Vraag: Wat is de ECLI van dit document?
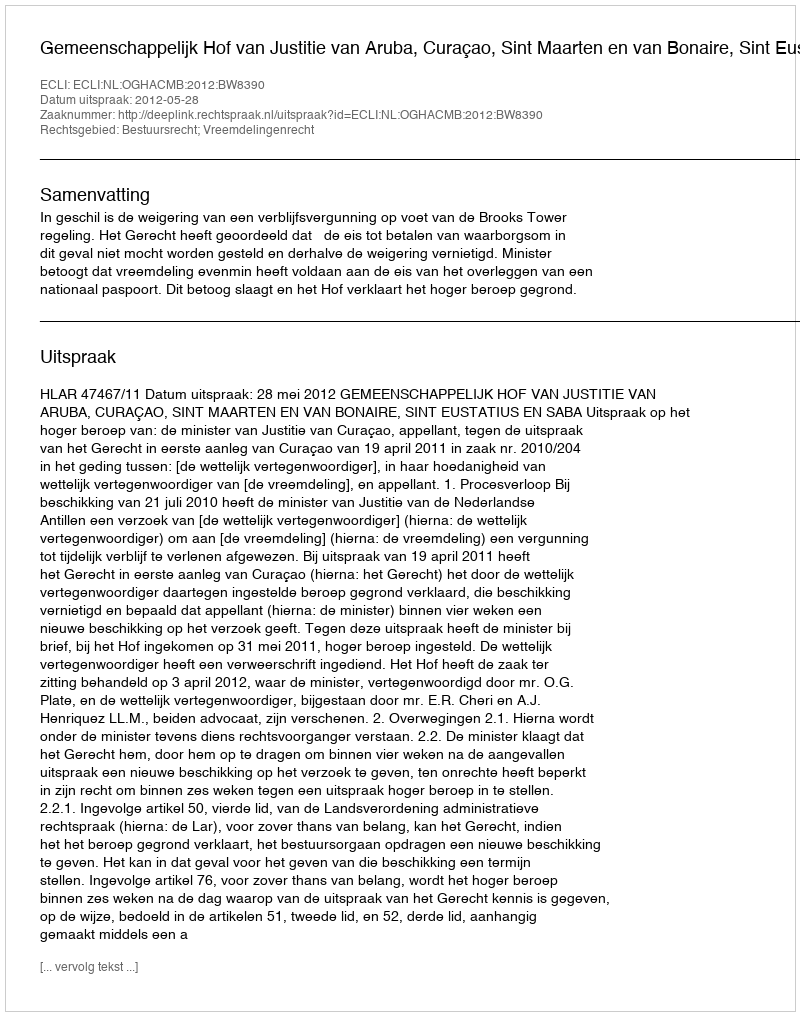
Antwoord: ECLI:NL:OGHACMB:2012:BW8390